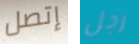
إتصل رجل